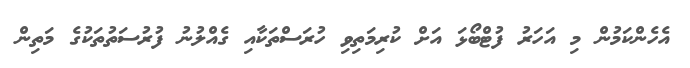
އެހެންކަމުން މި އަހަރު ފުޓްބޯޅަ އަށް ކުރިމަތިވި ހުރަސްތަކާއި ގެއްލުނު ފުރުސަތުތަކުގެ މަތިން